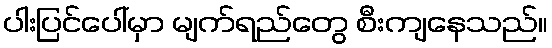
ပါးပြင်ပေါ်မှာ မျက်ရည်တွေ စီးကျနေသည်။